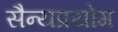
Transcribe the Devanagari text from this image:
सैन्यप्रयोग